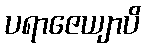
ပရာဇေယျာပိ